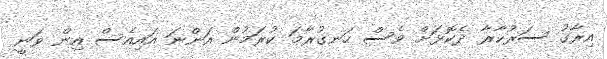
އިރާގު ސަރުކާރާ ދެކޮޅަށް ވެސް ހަނގުރާމަ ކުރަމުން އަންނަ އައިއެސް އިން ވަނީ